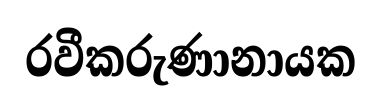
රවීකරුණානායක